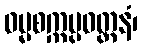
ဓမ္မစက္ကပ္ပဝတ္တနံ၊